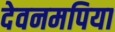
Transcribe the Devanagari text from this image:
देवनमपिया